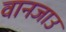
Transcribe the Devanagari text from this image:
वानजाउ